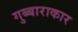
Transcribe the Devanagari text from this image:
गुब्बाराकार